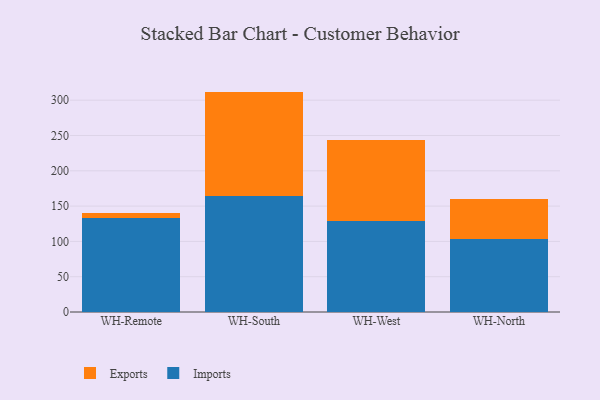
{"axis": {"x": "Warehouse", "y": "Latency (ms)"}, "legend": ["Exports", "Imports"], "data": [{"x": "WH-Remote", "y": 133.6, "type": "Imports"}, {"x": "WH-Remote", "y": 7.2, "type": "Exports"}, {"x": "WH-South", "y": 163.8, "type": "Imports"}, {"x": "WH-South", "y": 148.4, "type": "Exports"}, {"x": "WH-West", "y": 129.3, "type": "Imports"}, {"x": "WH-West", "y": 113.8, "type": "Exports"}, {"x": "WH-North", "y": 102.9, "type": "Imports"}, {"x": "WH-North", "y": 56.8, "type": "Exports"}]}